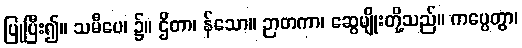
ပြုပြီး၍။ သမီပေ၊ ၌။ ဌိတာ၊ န်သော။ ဉာတကာ၊ ဆွေမျိုးတို့သည်။ ကပ္ပေတွာ၊